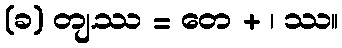
(ခ) တျ.ဿ = တေ + ၊ ဿ။